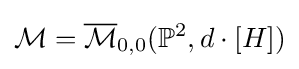
{\mathcal {M}}={\overline {\mathcal {M}}}_{0,0}(\mathbb {P} ^{2},d\cdot [H])